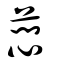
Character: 蕄